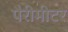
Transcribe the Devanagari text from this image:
पैरीमीटर